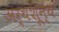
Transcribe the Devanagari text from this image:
अर्थशून्य